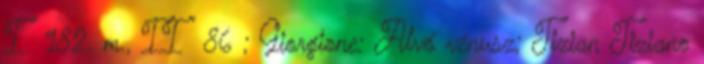
I 182. m., II 86 ; Giorgione: Alvó vénusz; Tizian Tiziano